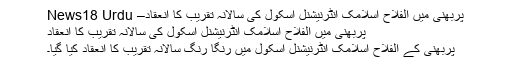
پربھنی میں الفلاح اسلامک انٹرنیشنل اسکول کی سالانہ تقریب کا انعقاد– News18 Urdu
پربھنی میں الفلاح اسلامک انٹرنیشنل اسکول کی سالانہ تقریب کا انعقاد
پربھنی کے الفلاح اسلامک انٹرنیشنل اسکول میں رنگا رنگ سالانہ تقریب کا انعقاد کیا گیا۔